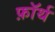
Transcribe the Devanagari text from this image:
फ़ाॅर्थ